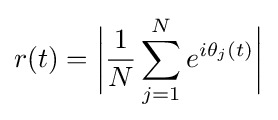
r(t)={\bigg |}{\frac {1}{N}}\sum _{j=1}^{N}e^{i\theta _{j}(t)}{\bigg |}